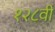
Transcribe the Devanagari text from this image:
१२८वी